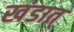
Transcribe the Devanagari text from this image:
खंडात्